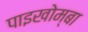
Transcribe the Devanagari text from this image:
पाइखोम्बा